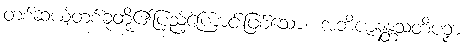
တစ်ဆယ့်တစ်ခုတို့၏ပြည့်ကြောင်းဖြစ်သော။ အဘိဇာနန္တသတိပဉှာ၊